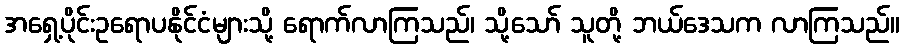
အရှေ့ပိုင်းဥရောပနိုင်ငံများသို့ ရောက်လာကြသည်၊ သို့သော် သူတို့ ဘယ်ဒေသက လာကြသည်။